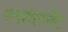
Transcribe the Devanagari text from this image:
एनरोलमेंट